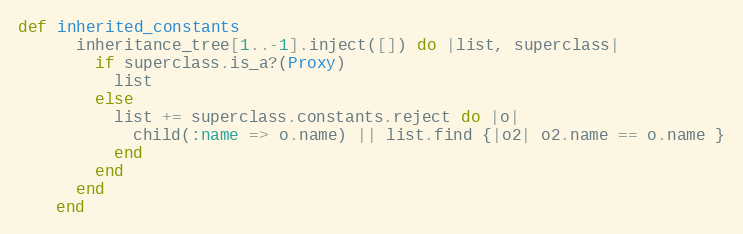
Language: Ruby
def inherited_constants
      inheritance_tree[1..-1].inject([]) do |list, superclass|
        if superclass.is_a?(Proxy)
          list
        else
          list += superclass.constants.reject do |o|
            child(:name => o.name) || list.find {|o2| o2.name == o.name }
          end
        end
      end
    end